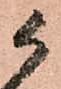
候